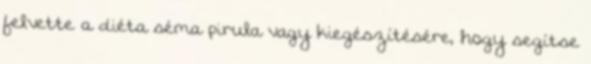
felvette a diéta séma pirula vagy kiegészítésére, hogy segítse